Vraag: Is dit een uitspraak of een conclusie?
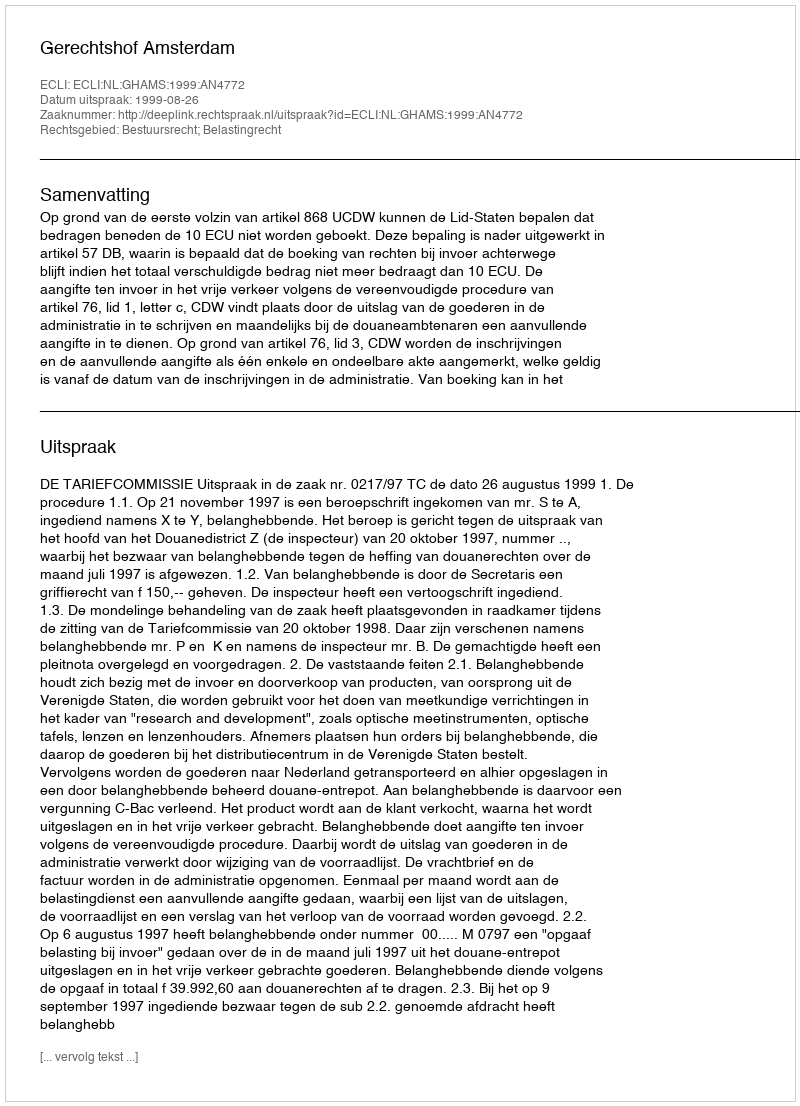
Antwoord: Uitspraak